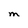
Character: M